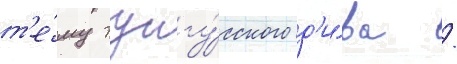
т'е́му тунгу́сского д'и́ва /